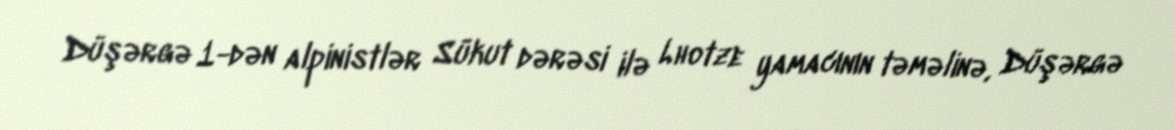
Düşərgə 1-dən alpinistlər Sükut dərəsi ilə Lhotze yamacının təməlinə, Düşərgə